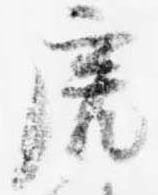
虎